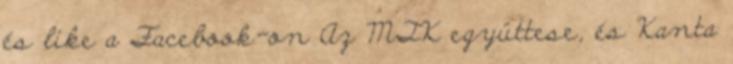
és like a Facebook-on Az MTK együttese, és Kanta